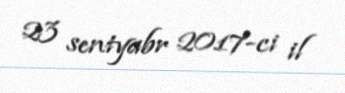
23 sentyabr 2017-ci il